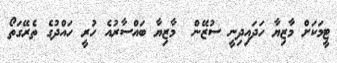
ޓީމަކަށް މާޒިޔާ ހަދައިދިނީ ސުޒޭން  މާޒިޔާ ބައްސާރުއެ ހުރީ ހައްދުގެ ތެރޭގަތޯ